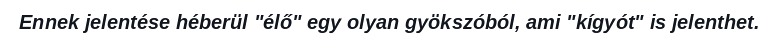
Ennek jelentése héberül "élő" egy olyan gyökszóból, ami "kígyót" is jelenthet.